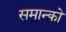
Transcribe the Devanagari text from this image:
समान्को